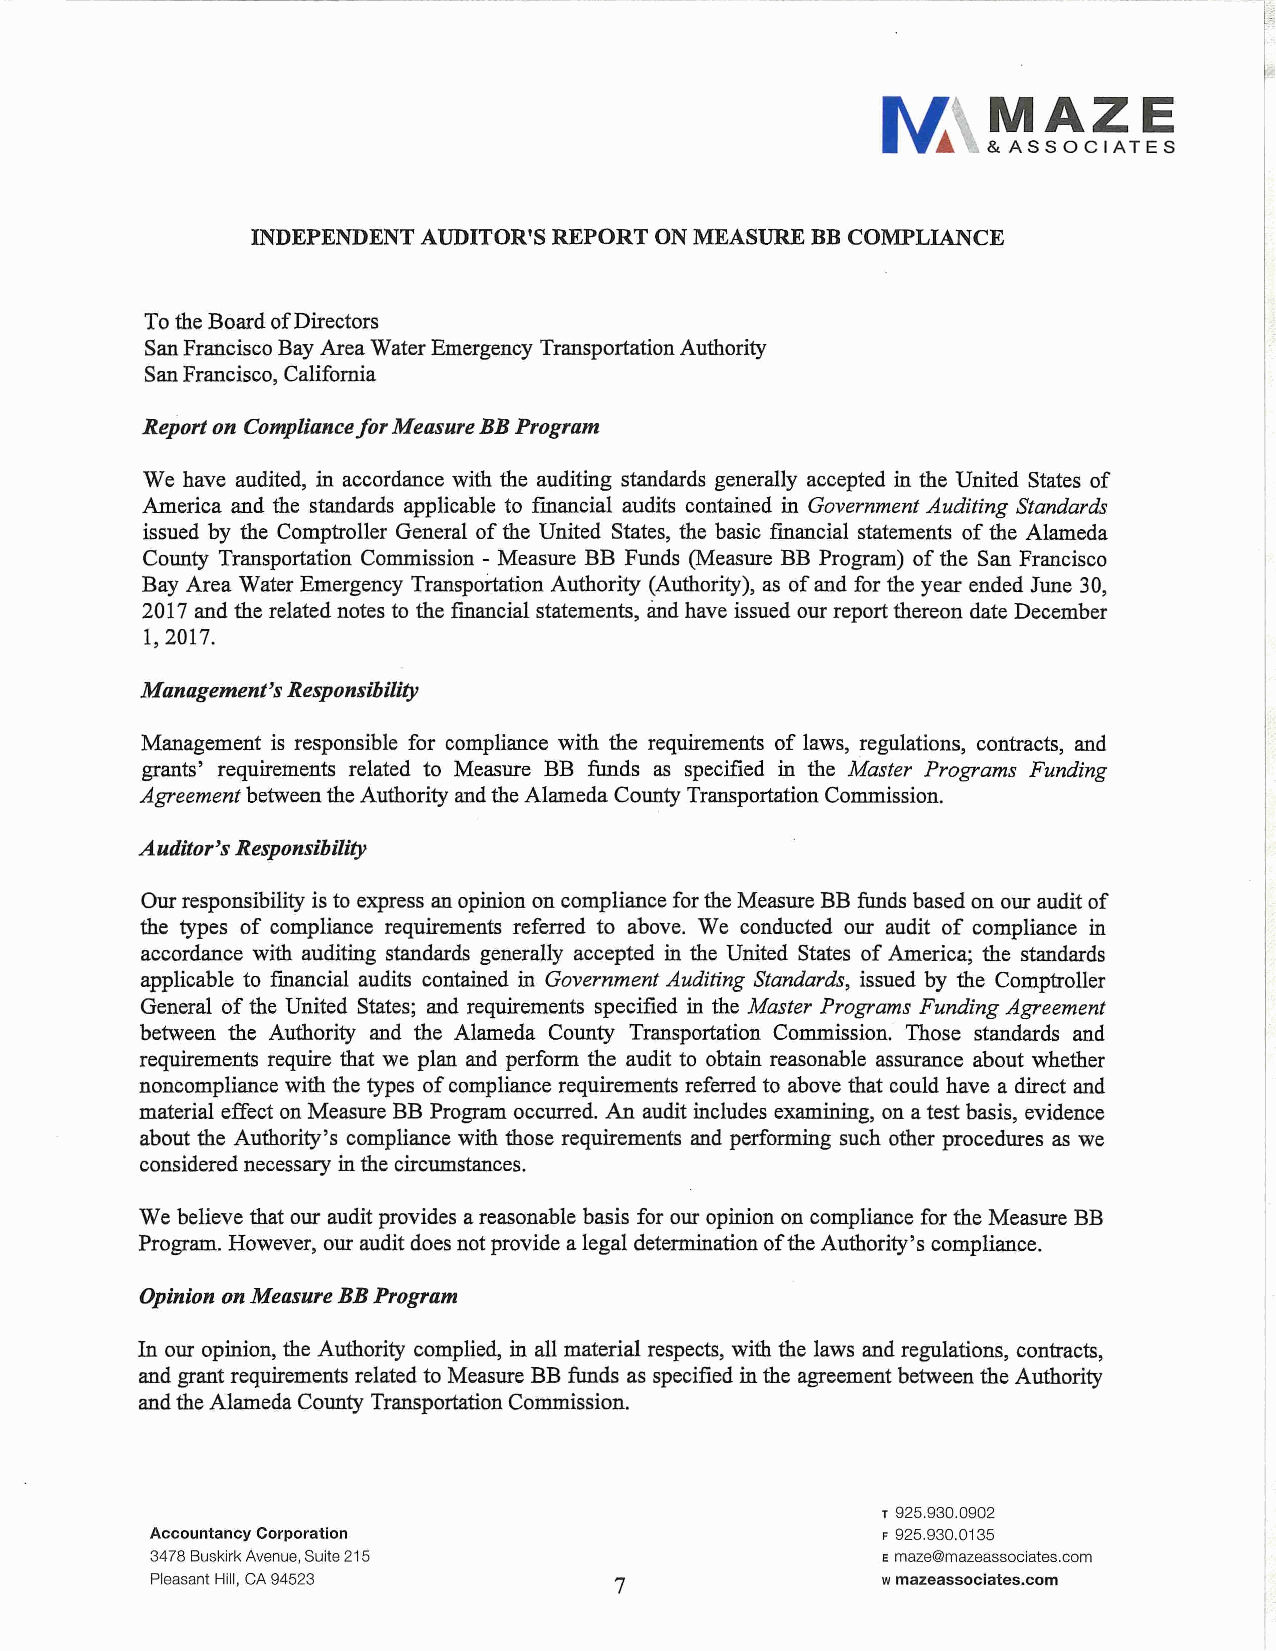
INDEPENDENT AUDITOR'S REPORT ON MEASURE BB COMPLIANCE
 To the Board of Directors
 San Francisco Bay Area Water Emergency Transportation Authority
 San Francisco, California
 Report on Compliance/or Measure BB Program
 We have audited, in accordance with the auditing standards generally accepted in the United States of
 America and the standards applicable to financial audits contained in Government Auditing Standards
 issued by the Comptroller General of the United States, the basic financial statements of the Alameda
 County Transportation Commission - Measure BB Funds (Measure BB Program) of the San Francisco
 Bay Area Water Emergency Transportation Authority (Authority), as of and for the year ended June 30,
 2017 and the related notes to the financial statements, and have issued our report thereon date December
 1, 2017.
 Management's Responsibility
 Management is responsible for compliance with the requirements of laws, regulations, contracts, and
 grants' requirements related to Measure BB funds as specified in the Master Programs Funding
 Agreement between the Authority and the Alameda County Transportation Commission.
 Auditor's Responsibility
 Our responsibility is to express an opinion on compliance for the Measure BB funds based on our audit of
 the types of compliance requirements referred to above. We conducted our audit of compliance in
 accordance with auditing standards generally accepted in the United States of America; the standards
 applicable to financial audits contained in Government Auditing Standards, issued by the Comptroller
 General of the United States; and requirements specified in the Master Programs Funding Agreement
 between the Authority and the Alameda County Transportation Commission. Those standards and
 requirements require that we plan and perform the audit to obtain reasonable assurance about whether
 noncompliance with the types of compliance requirements referred to above that could have a direct and
 material effect on Measure BB Program occurred. An audit includes examining, on a test basis, evidence
 about the Authority's compliance with those requirements and performing such other procedures as we
 considered necessary in the circumstances.
 We believe that our audit provides a reasonable basis for our opinion on compliance for the Measure BB
 Program. However, our audit does not provide a legal determination of the Authority's compliance.
 Opinion on Measure BB Program
 In our opinion, the Authority complied, in all material respects, with the laws and regulations, contracts,
 and grant requirements related to Measure BB funds as specified in the agreement between the Authority
 and the Alameda County Transportation Commission.
 T 925.930.0902
 Accountancy Corporation                         F 925.930.0135
 3478 Buskirk Avenue, Suite 215                  E maze@mazeassociates.com
 Pleasant Hill, CA 94523        7                w mazeassociates.com